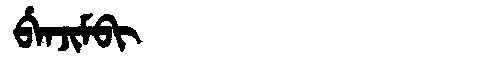
Manchu: ᠪᡝᠨᠵᡳᠮᠪᡳ
Romanization: BENJIMBI